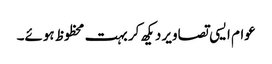
عوام ایسی تصاویر دیکھ کر بہت محظوظ ہوئے۔